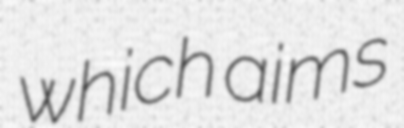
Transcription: which aims